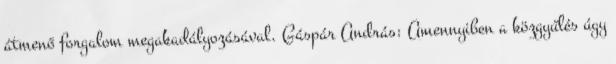
átmenő forgalom megakadályozásával. Gáspár András: Amennyiben a közgyűlés úgy